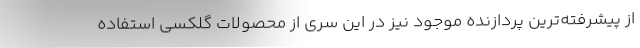
از پیشرفته‌ترین پردازنده موجود نیز در این سری از محصولات گلکسی استفاده